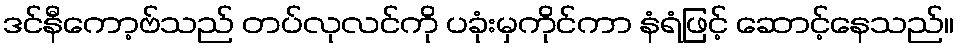
ဒင်နီကော့ဗ်သည် တပ်လုလင်ကို ပခုံးမှကိုင်ကာ နံရံဖြင့် ဆောင့်နေသည်။